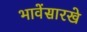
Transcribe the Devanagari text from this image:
भावेंसारखे